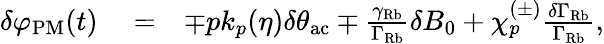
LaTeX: \begin{array}{rlr}{\delta\varphi_{\mathrm{PM}}(t)}&{{}=}&{\mp pk_{p}(\eta)\delta\theta_{\mathrm{ac}}\mp\frac{\gamma_{\mathrm{Rb}}}{\Gamma_{\mathrm{Rb}}}\delta B_{0}+\chi_{p}^{(\pm)}\frac{\delta\Gamma_{\mathrm{Rb}}}{\Gamma_{\mathrm{Rb}}},}\end{array}